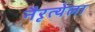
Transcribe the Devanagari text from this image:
नैरृत्येला